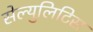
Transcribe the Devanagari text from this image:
सेल्युलिटिस